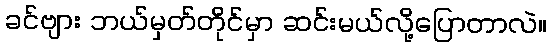
ခင်ဗျား ဘယ်မှတ်တိုင်မှာ ဆင်းမယ်လို့ပြောတာလဲ။